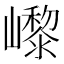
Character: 㠟